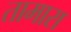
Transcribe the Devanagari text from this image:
तामारा